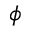
\phi